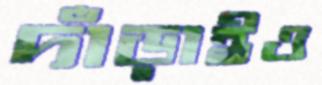
দাঁড়াইও